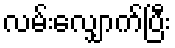
လမ်းလျှောက်ပြီး